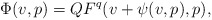
\begin{align*}\Phi(v,p) = QF^q(v + \psi(v,p),p),\end{align*}